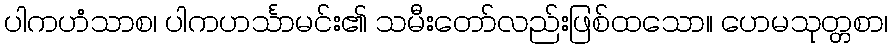
ပါကဟံသာစ၊ ပါကဟင်္သာမင်း၏ သမီးတော်လည်းဖြစ်ထသော။ ဟေမသုတ္တစာ၊